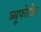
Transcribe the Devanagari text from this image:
ब्यूफोटोड